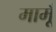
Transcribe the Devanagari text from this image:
मामूँ